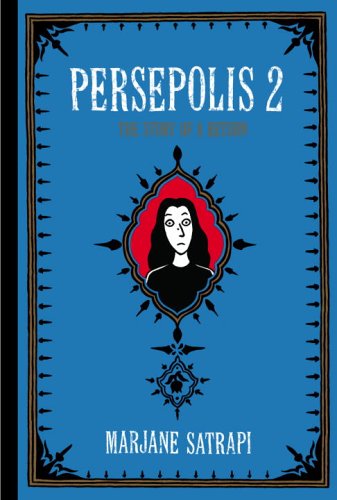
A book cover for Persepolis 2: The Story of a Return; Marjane Satrapi; Comics & Graphic Novels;